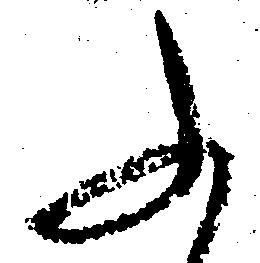
ふ